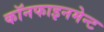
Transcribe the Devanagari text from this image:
कॉनफाइनमेन्ट